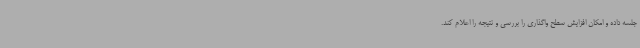
جلسه داده و امکان افزایش سطح واگذاری را بررسی و نتیجه را اعلام کند.